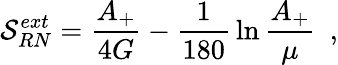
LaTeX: \mathcal{S}_{RN}^{ext}={\frac{{A_{+}}}{{4G}}}-{\frac{{1}}{{180}}}\ln{\frac{{A_{+}}}{{\mu}}}~~,